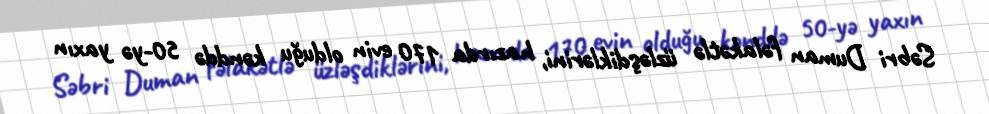
Səbri Duman fəlakətlə üzləşdiklərini, hazırda 170 evin olduğu kənddə 50-yə yaxın